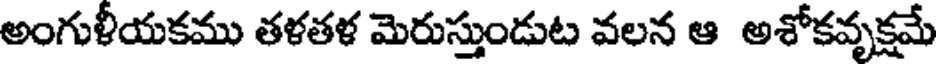
అంగుళీయకము తళతళ మెరుస్తుండుట వలన ఆ అశోకవృక్షమే